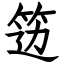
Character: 笾